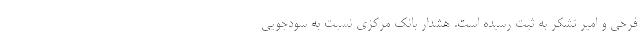
فرحی و امیر تشکر به ثبت رسیده است. هشدار بانک مرکزی نسبت به سودجویی